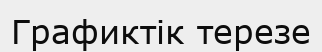
Графиктік терезе